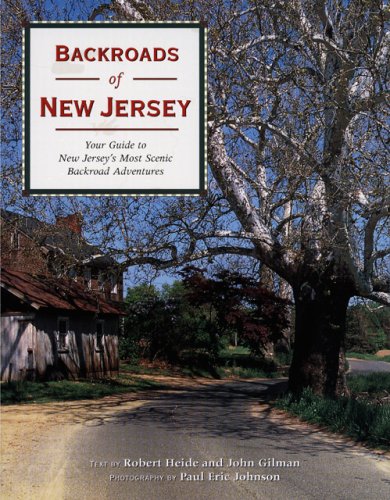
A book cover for Backroads of New Jersey: Your Guide to New Jersey's Most Scenic Backroad Adventures; Robert Heide; Travel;